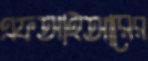
এফআইআরের